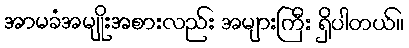
အာမခံအမျိုးအစားလည်း အများကြီး ရှိပါတယ်။